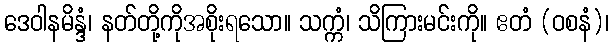
ဒေဝါနမိန္ဒံ၊ နတ်တို့ကိုအစိုးရသော။ သက္ကံ၊ သိကြားမင်းကို။ ဧတံ (ဝစနံ)၊